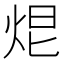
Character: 𤈑